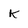
Character: K